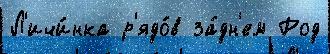
Л'ичи́нка р'ядо́в за́дн'ем Род